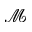
\mathcal { M }